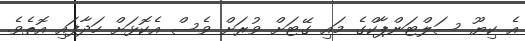
އެ ކިޔޫ ސަލްޓަންޕާކްގެ މައި ގޭޓަށް ވުރަށް ވެސް އެކޮޅަށް ހަދާފައި އޮތެވެ.